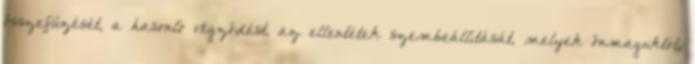
összefűzését, a hasonló végződést, az ellentétek szembeállítását, melyek önmaguktól,